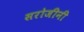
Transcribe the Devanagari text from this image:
सरोजीनी